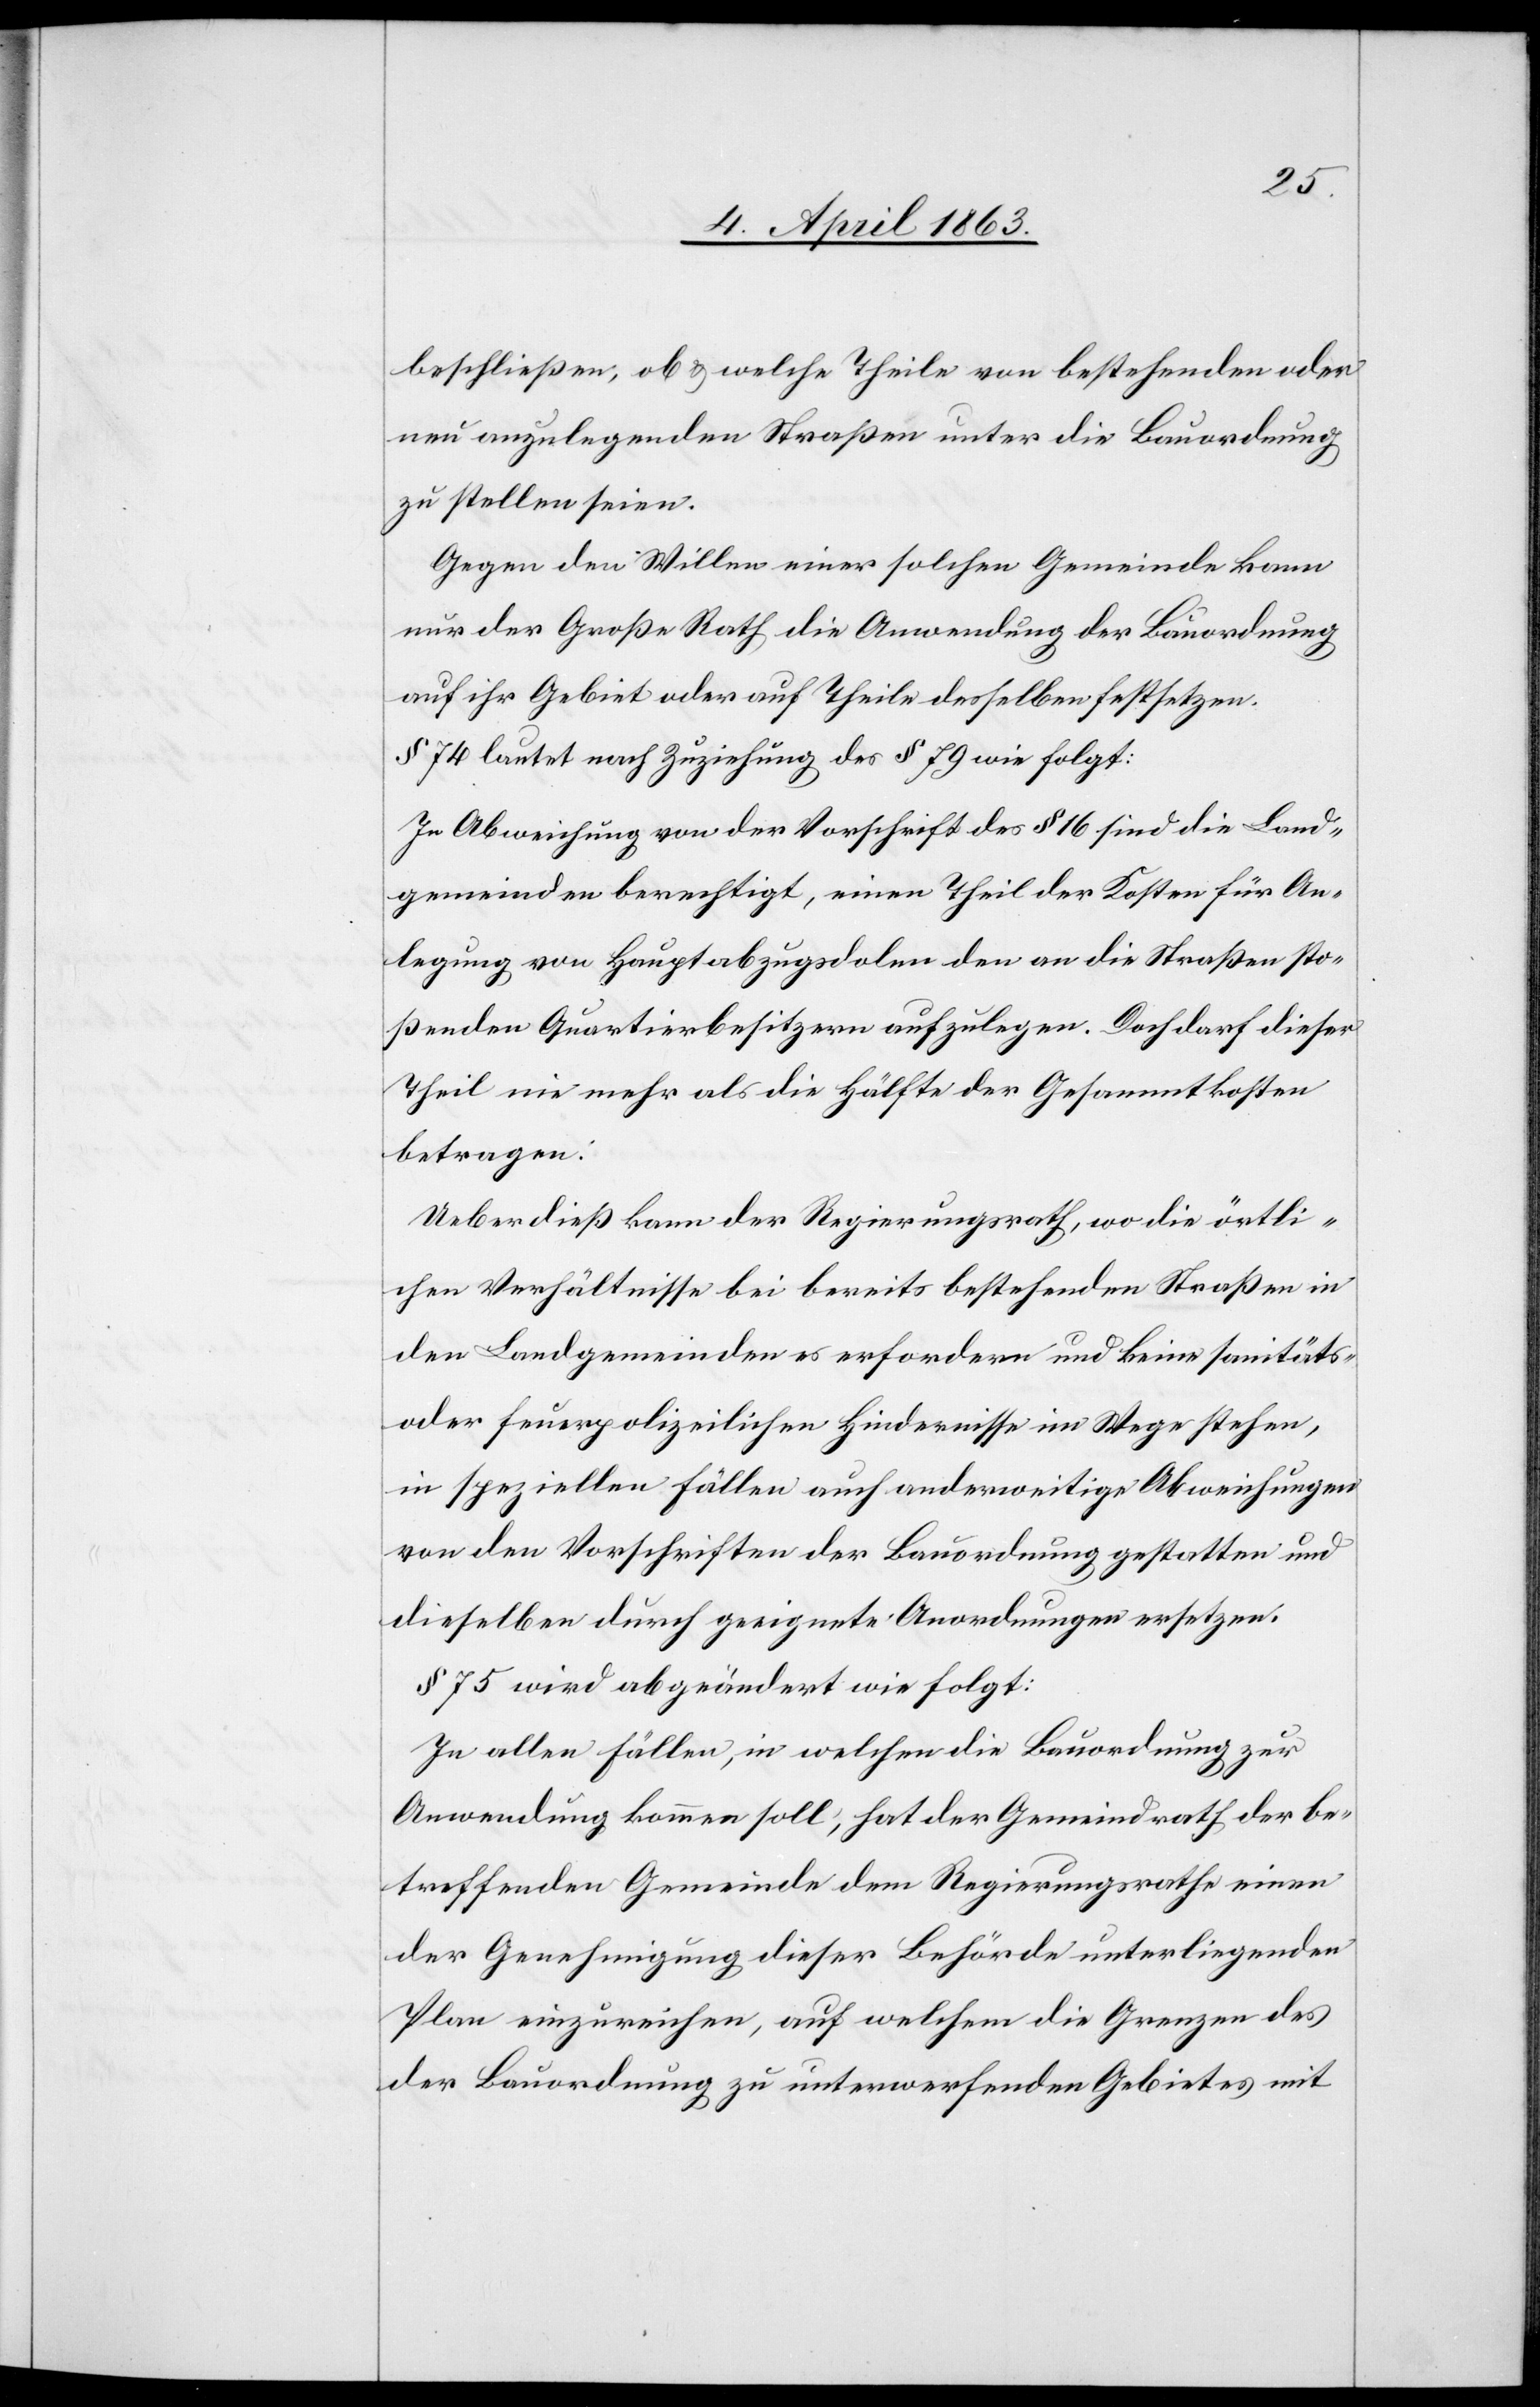
beschließen, ob & welche Theile von bestehenden oder
neu anzulegenden Straßen unter die Bauordnung
zu stellen seien.
Gegen den Willen einer solchen Gemeinde kann
nur der Große Rath die Anwendung der Bauordnung
auf ihr Gebiet oder auf Theile desselben festsetzen.
§ 74 lautet nach Zuziehung des § 79 wie folgt:
In Abweichung von der Vorschrift des § 16 sind die Land¬
gemeinden berechtigt, einen Theil der Kosten für An¬
legung von Hauptabzugsdolen den an die Straßen sto¬
ßenden Quartierbesitzern aufzulegen. Doch darf dieser
Theil nie mehr als die Hälfte der Gesammtkosten
betragen:
Ueberdieß kann der Regierungsrath, wo die örtli¬
chen Verhältnisse bei bereits bestehenden Straßen in
den Landgemeinden es erfordern und keine sanitäts-
oder feuerpolizeilichen Hindernisse im Wege stehen,
in speziellen Fällen auch anderweitige Abweichungen
von den Vorschriften der Bauordnung gestatten und
dieselben durch geeignete Anordnungen ersetzen.
§ 75 wird abgeändert wie folgt:
In allen Fällen, in welchen die Bauordnung zur
Anwendung kommen soll, hat der Gemeindrath der be¬
treffenden Gemeinde dem Regierungsrathe einen
der Genehmigung dieser Behörde unterliegenden
Plan einzureichen, auf welchem die Grenzen des
der Bauordnung zu unterwerfenden Gebietes mit